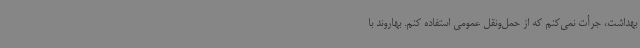
بهداشت، جرأت نمی‌کنم که از حمل‌ونقل عمومی استفاده کنم. بهاروند با